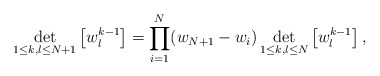
\begin{align*}\det_{1\leq k,l\leq N+1}\left[w_l^{k-1}\right]=\prod_{i=1}^N(w_{N+1}-w_i)\det_{1\leq k,l\leq N}\left[w_l^{k-1}\right],\end{align*}